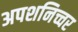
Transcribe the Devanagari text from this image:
अपशनिच्चर